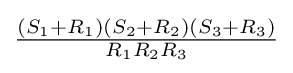
{\tfrac {(S_{1}+R_{1})(S_{2}+R_{2})(S_{3}+R_{3})}{R_{1}R_{2}R_{3}}}